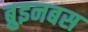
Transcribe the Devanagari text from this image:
ब्रुइनबस